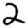
Digit: 2